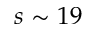
s \sim 1 9